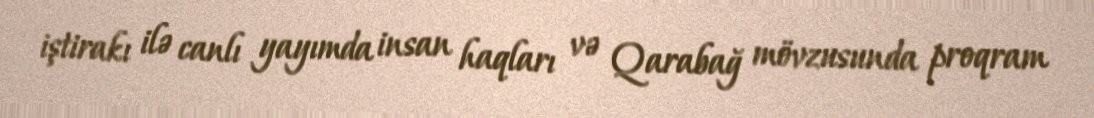
iştirakı ilə canlı yayımda insan haqları və Qarabağ mövzusunda proqram